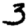
Digit: 3